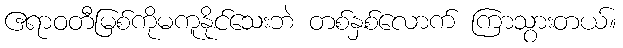
ဧရာဝတီမြစ်ကိုမကူနိုင်သေးဘဲ တစ်နှစ်လောက် ကြာသွားတယ်။